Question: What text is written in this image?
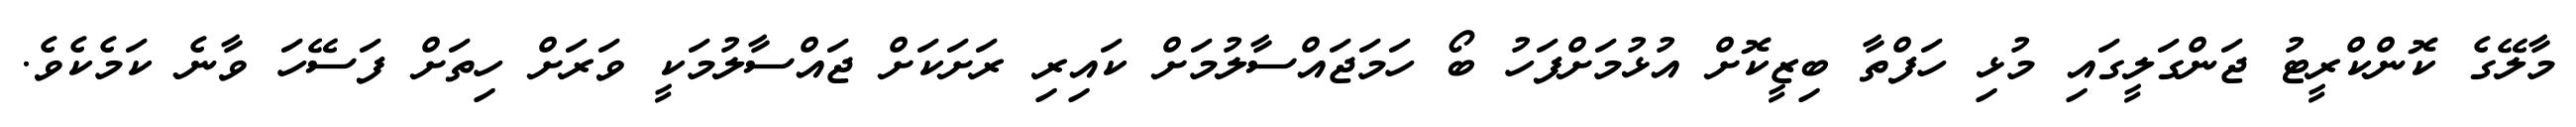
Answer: މާލޭގެ ކޮންކްރީޓު ޖަންގަލީގައި މުޅި ހަފްތާ ބިޒީކޮށް އުޅުމަށްފަހު ބޯ ހަމަޖައްސާލުމަށް ކައިރި ރަށަކަށް ޖައްސާލުމަކީ ވަރަށް ހިތަށް ފަސޭހަ ވާނެ ކަމެކެވެ.